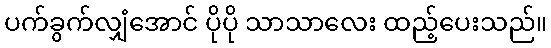
ပက်ခွက်လျှံအောင် ပိုပို သာသာလေး ထည့်ပေးသည်။